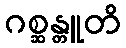
ဂစ္ဆန္တူတိ